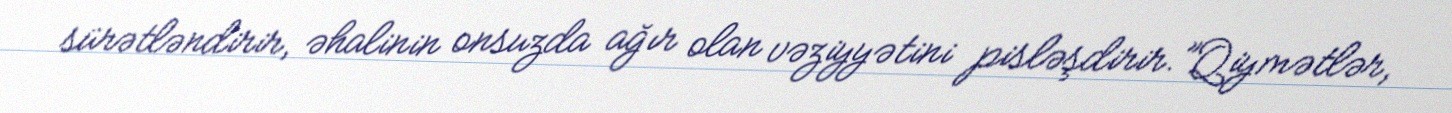
sürətləndirir, əhalinin onsuzda ağır olan vəziyyətini pisləşdirir.”Qiymətlər,